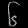
Digit: ၆